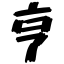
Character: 亨